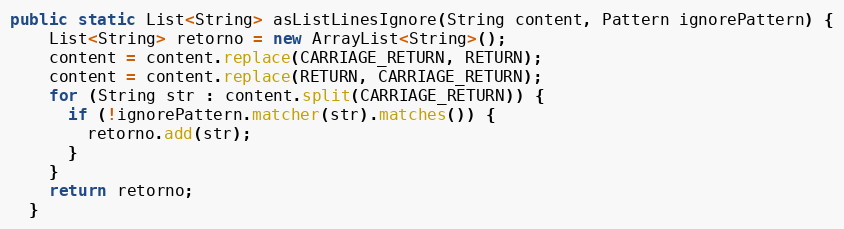
Language: Java
public static List<String> asListLinesIgnore(String content, Pattern ignorePattern) {
    List<String> retorno = new ArrayList<String>();
    content = content.replace(CARRIAGE_RETURN, RETURN);
    content = content.replace(RETURN, CARRIAGE_RETURN);
    for (String str : content.split(CARRIAGE_RETURN)) {
      if (!ignorePattern.matcher(str).matches()) {
        retorno.add(str);
      }
    }
    return retorno;
  }